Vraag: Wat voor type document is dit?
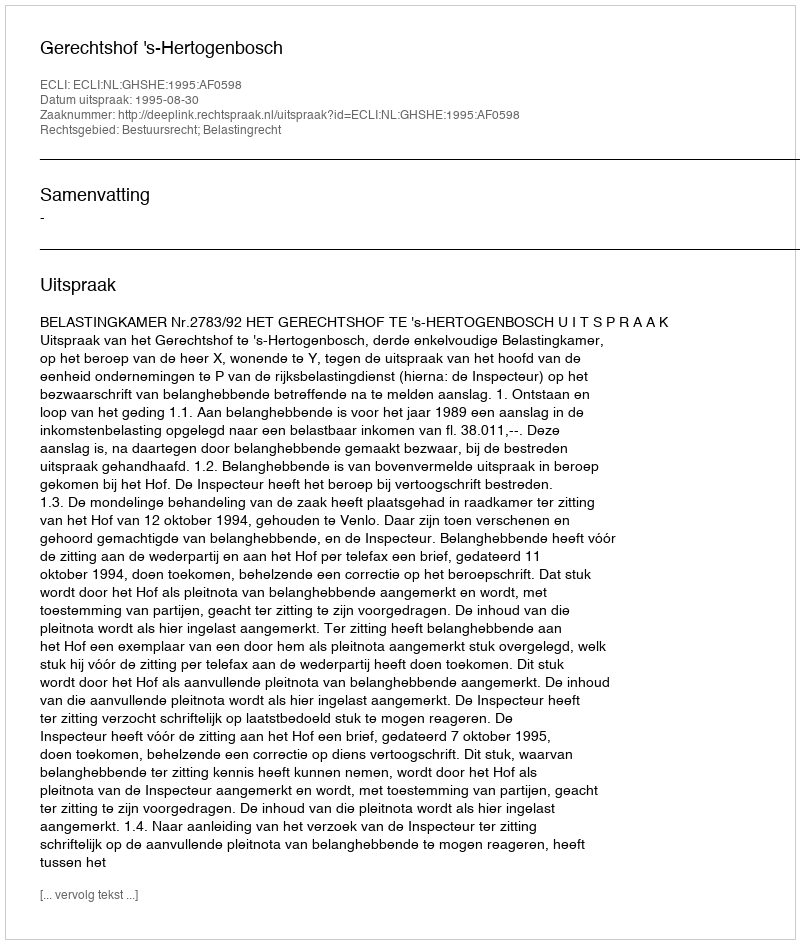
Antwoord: Uitspraak